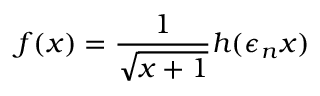
f ( x ) = \frac { 1 } { \sqrt { x + 1 } } h ( \epsilon _ { n } x )